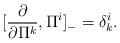
LaTeX: \begin{align*}[\frac{\partial}{\partial \Pi^k},\Pi^i]_-=\delta^i_k.\end{align*}